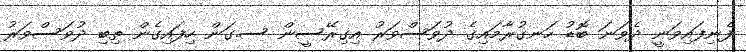
ފެނިފައިވަނީ ދެވަނަ ބޮޑު ހަނގުރާމައިގެ ދުވަސްވަރު އިގިރޭސީން ސ.ގަން ހިފައިގެން ތިބި ދުވަސްވަރު